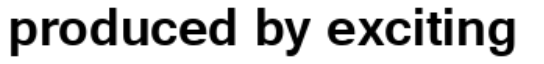
produced by exciting